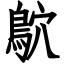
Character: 鴥